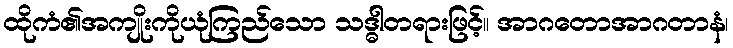
ထိုကံ၏အကျိုးကိုယုံကြည်သော သဒ္ဓါတရားဖြင့်။ အာဂတောအာဂတာနံ၊